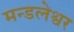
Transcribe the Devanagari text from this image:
मन्डलेश्वर